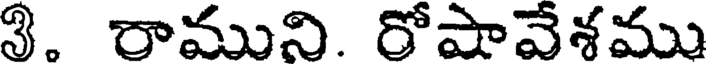
3. రాముని. రోషావేశము